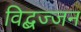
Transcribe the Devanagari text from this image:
विद्बज्जन